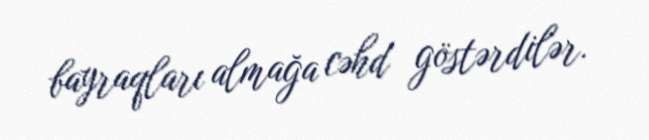
bayraqları almağa cəhd göstərdilər.